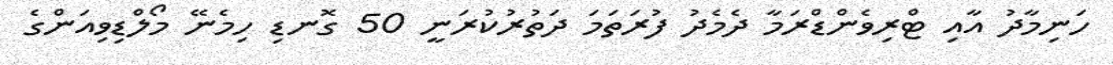
ހަނިމާދު އާއި ޓްރިވެންޑްރަމާ ދެމެދު ފުރަތަމަ ދަތުރުކުރަނީ 50 ގޮނޑި ހިމެނޭ މޯލްޑިވިއަންގެ